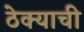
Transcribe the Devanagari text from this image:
ठेक्याची